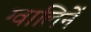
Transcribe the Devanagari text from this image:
ग्वालिनें